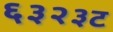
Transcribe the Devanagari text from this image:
६३२३ट